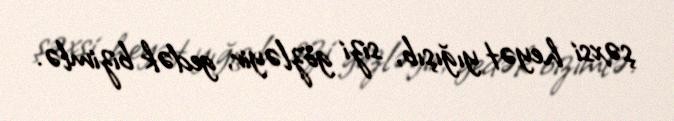
şəxsi heyət yığışıb, sizi gözləyir, gedək bizimlə.